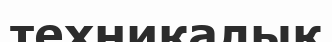
техникалық